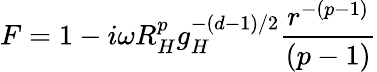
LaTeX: F=1-i\omega R_{H}^{p}g_{H}^{-(d-1)/2}{\frac{r^{-(p-1)}}{(p-1)}}